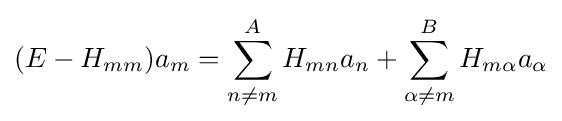
(E-H_{mm})a_{m}=\sum _{n\neq m}^{A}H_{mn}a_{n}+\sum _{\alpha \neq m}^{B}H_{m\alpha }a_{\alpha }